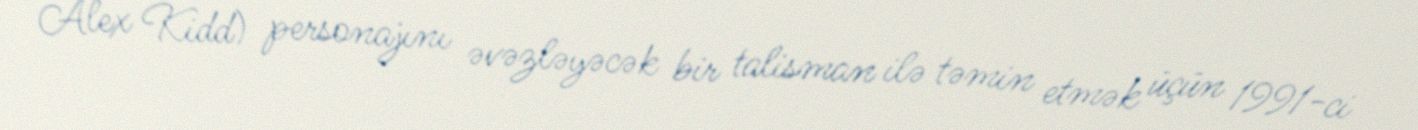
Alex Kidd) personajını əvəzləyəcək bir talisman ilə təmin etmək üçün 1991-ci